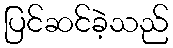
ပြင်ဆင်ခဲ့သည်